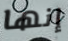
إنها